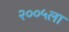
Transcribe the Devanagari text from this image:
२००५ला